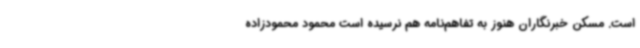
است. مسکن خبرنگاران هنوز به تفاهم‌نامه هم نرسیده است محمود محمودزاده